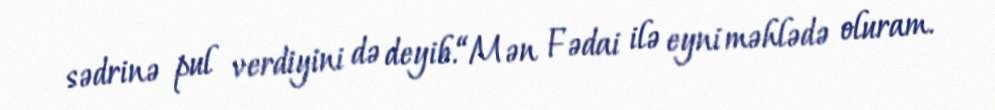
sədrinə pul verdiyini də deyib.“Mən Fədai ilə eyni məhlədə oluram.